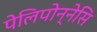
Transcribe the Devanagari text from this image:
पेलिपोन्नेसि